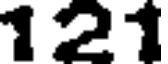
121